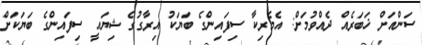
ސަންއަށް ޚަބަރެއް ދެއްވުމަށް: އެމެރިކާ ސިފައިންގެ ބަޔަކު އިރާގުގެ ޝިޔައީ ސިފައިންގެ ބަޔަކަށް